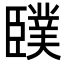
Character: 䑑